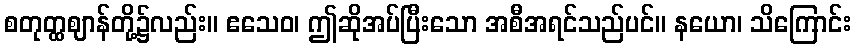
စတုတ္ထဈာန်တို့၌လည်း။ ဧသေဝ၊ ဤဆိုအပ်ပြီးသော အစီအရင်သည်ပင်။ နယော၊ သိကြောင်း